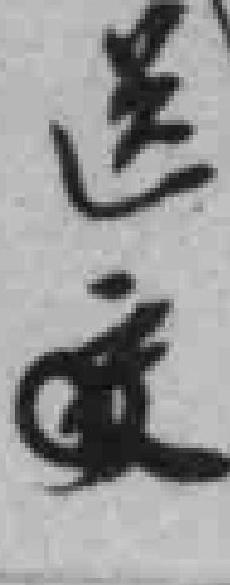
送交